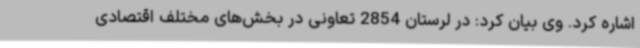
اشاره کرد. وی بیان کرد: در لرستان 2854 تعاونی در بخش‌های مختلف اقتصادی